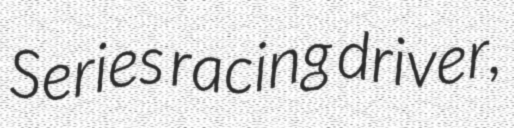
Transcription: Series racing driver,